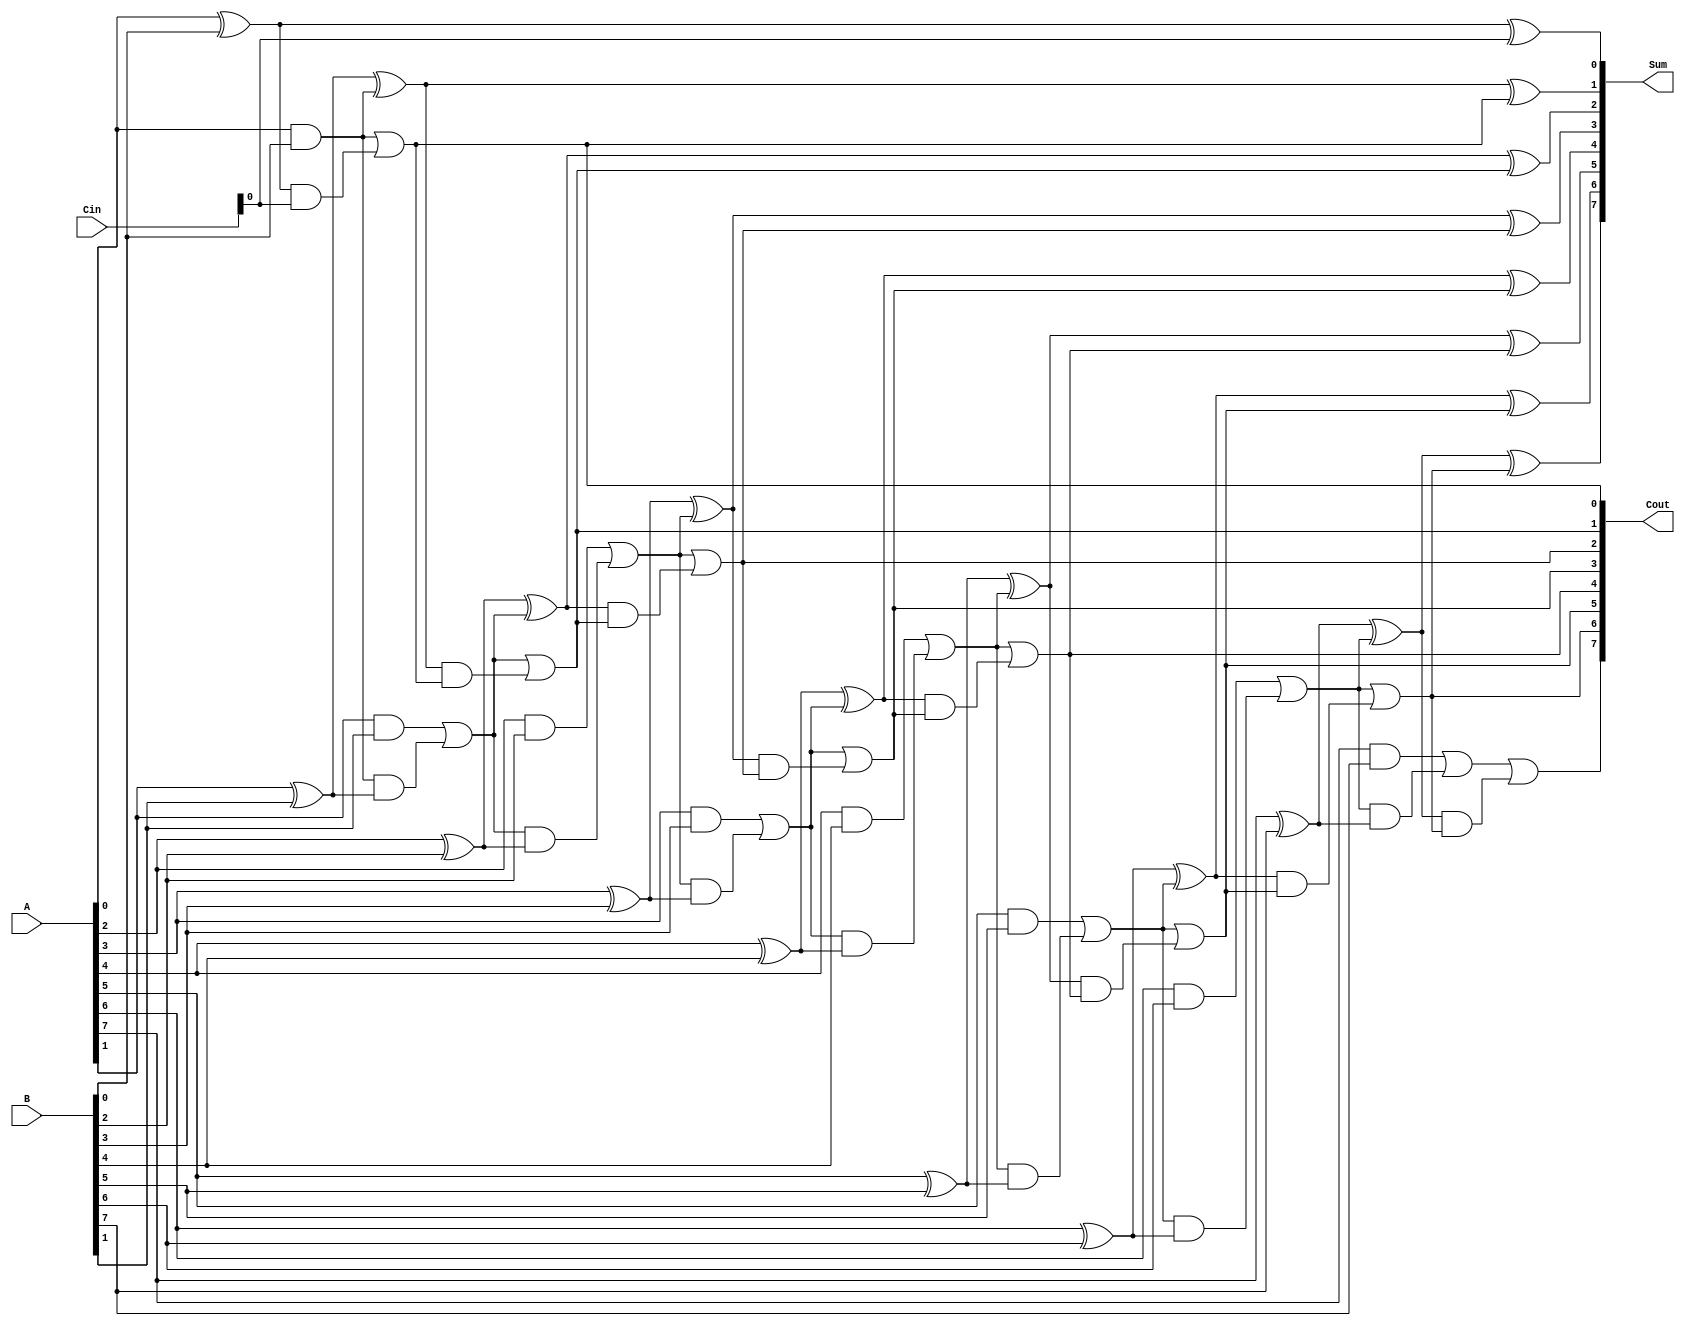
module Dynamic_Carry_Save_Adder #(parameter N = 8) (
    input [N-1:0] A, // First input
    input [N-1:0] B, // Second input
    input [N-1:0] Cin, // Carry input from previous stage (for pipeline)
    output [N-1:0] Sum, // Sum output
    output [N-1:0] Cout // Carry output
);
    wire [N-1:0] half_sum;
    wire [N-1:0] half_carry;
    wire [N-1:0] full_sum;
    wire [N-1:0] full_carry;

    // Half Adder for the lower bit
    generate
        genvar i;
        for (i = 0; i < N; i = i + 1) begin : half_adders
            if (i == 0) begin // For first bit, use Cin
                assign half_sum[i] = A[i] ^ B[i]; // Sum for first bit
                assign half_carry[i] = A[i] & B[i]; // Carry for first bit
            end else begin
                assign half_sum[i] = A[i] ^ B[i] ^ half_carry[i-1]; // HS = A XOR B XOR C
                assign half_carry[i] = (A[i] & B[i]) | (half_carry[i-1] & (A[i] ^ B[i])); // HC = AB + C(A XOR B)
            end
        end
    endgenerate

    // Use Full Adders for carrying the carry outs
    generate
        for (i = 0; i < N; i = i + 1) begin : full_adders
            if (i == 0) begin // First bit, includes Cin
                assign full_sum[i] = half_sum[i] ^ Cin[i]; // FS = HS XOR Cin
                assign full_carry[i] = half_carry[i] | (half_sum[i] & Cin[i]); // FC = HC + (HS AND Cin)
            end else begin
                assign full_sum[i] = half_sum[i] ^ full_carry[i-1]; // FS = HS XOR FC
                assign full_carry[i] = half_carry[i] | (half_sum[i] & full_carry[i-1]); // FC = HC + (HS AND FC)
            end
        end
    endgenerate

    // Final outputs
    assign Sum = full_sum; // Final sum output
    assign Cout = full_carry; // Final carry output

endmodule